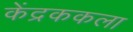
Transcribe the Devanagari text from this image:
केंद्रककला